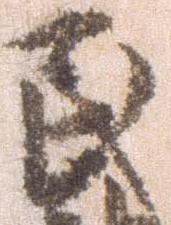
民